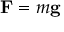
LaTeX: \mathbf { F } = m \mathbf { g }